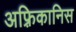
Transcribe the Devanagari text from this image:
अफ़्रिकानिस